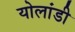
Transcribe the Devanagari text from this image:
योलांडी